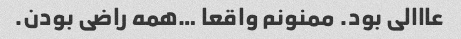
عااالی بود. ممنونم واقعا …همه راضی بودن.